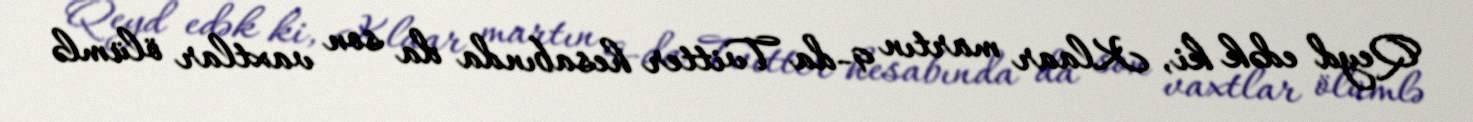
Qeyd edək ki, Klaar martın 9-da Tvitter hesabında da son vaxtlar ölümlə